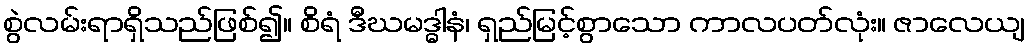
စွဲလမ်းရာရှိသည်ဖြစ်၍။ စိရံ ဒီဃမဒ္ဓါနံ၊ ရှည်မြင့်စွာသော ကာလပတ်လုံး။ ဇာလေယျ